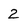
Character: 2